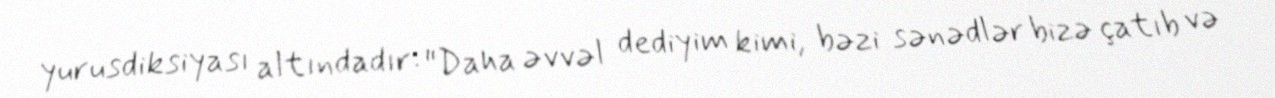
yurusdiksiyası altındadır: "Daha əvvəl dediyim kimi, bəzi sənədlər bizə çatıb və